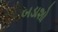
બડાશો